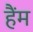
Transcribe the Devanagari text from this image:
हैंम